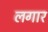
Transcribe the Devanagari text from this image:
लगार